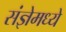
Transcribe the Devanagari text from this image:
संज्ञेमध्ये